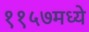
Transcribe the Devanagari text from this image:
११५७मध्ये